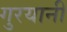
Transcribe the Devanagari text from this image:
गुरयानी